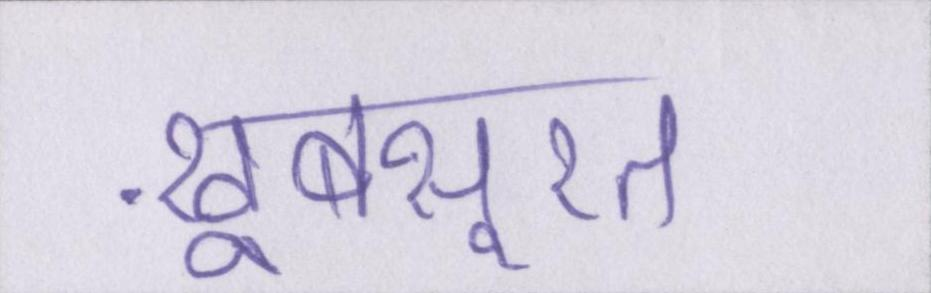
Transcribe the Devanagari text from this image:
ख़ूबसूरत